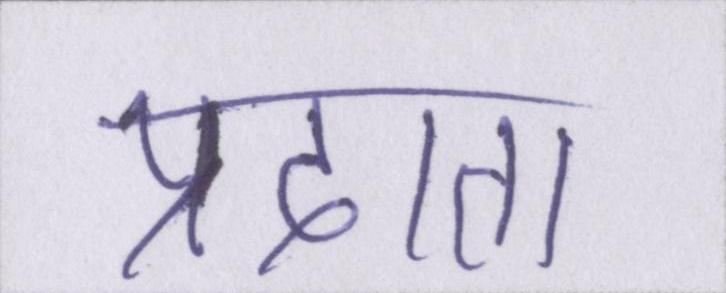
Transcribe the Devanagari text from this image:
प्रदाता